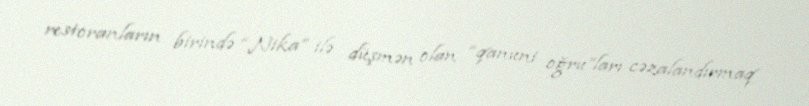
restoranların birində “Nika” ilə düşmən olan “qanuni oğru”ları cəzalandırmaq